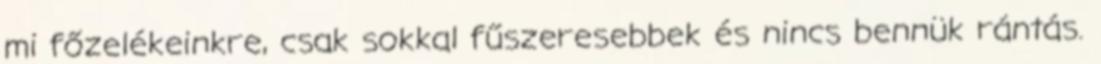
mi főzelékeinkre, csak sokkal fűszeresebbek és nincs bennük rántás.